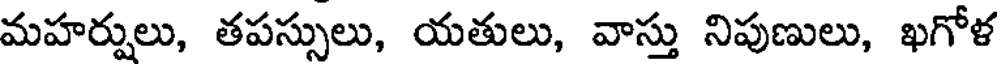
మహర్షులు, తపస్సులు, యతులు, వాస్తు నిపుణులు, ఖగోళ